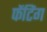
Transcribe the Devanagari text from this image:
फेंटिंग